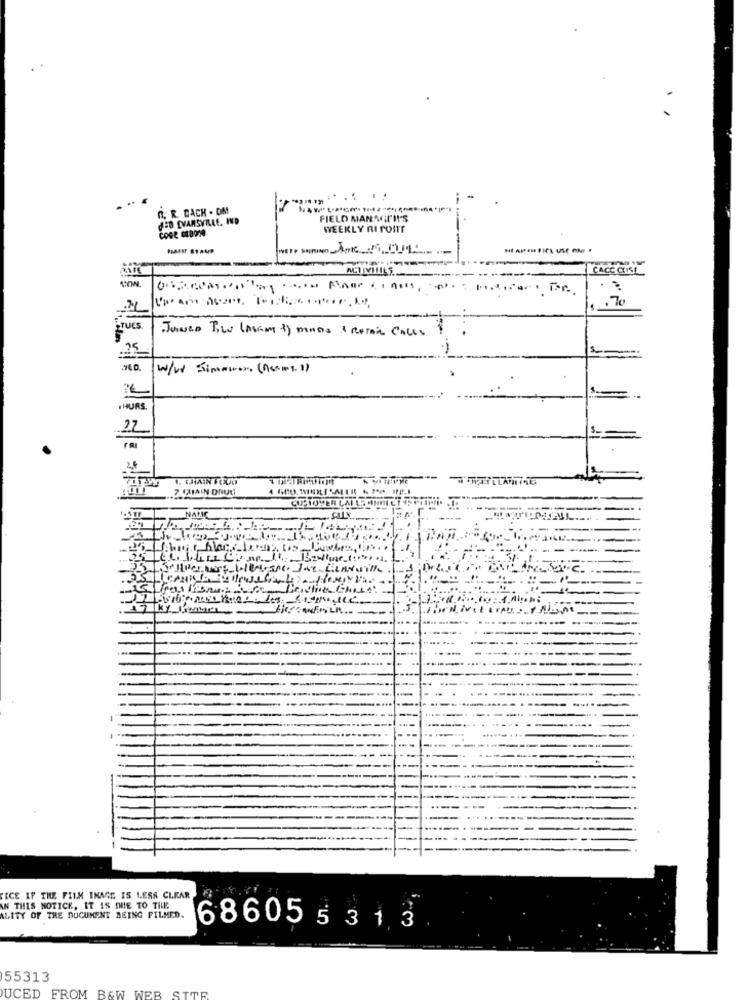
n, R. DACH . OM
MED EVANSVILLE, HNED
FIELD MANAGTIT'S
COGE GEBOTO
WEEKLY RI FONT
BALI ETAUP
ALTIVI
CACC CUISE
TUES
JOINED TW (ALEM 3) moos & RETAIL CALLS
75
W/w Simauro. (Acsms. 1)
. HURS
27
---
FECE IF THE FILM IMAGE IS LESS CLEAR
AN THIS NOTICE, IT IS DUE TO TILL
ALITY OF THE DOCUMENT BEING FILMED.
686055313
55313
UCED FROM B&W WEB SITE